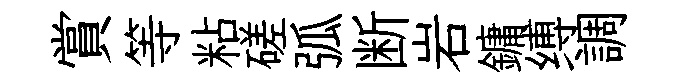
賞等粘磋弧断岩鏞缚調